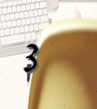
3